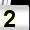
Digit: 2